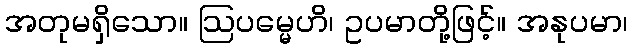
အတုမရှိသော။ ဩပမ္မေဟိ၊ ဥပမာတို့ဖြင့်။ အနုပမာ၊